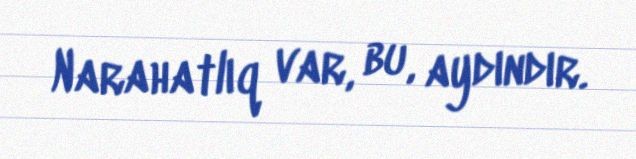
Narahatlıq var, bu, aydındır.